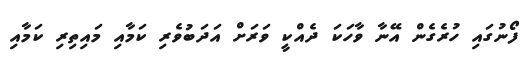
ފޯނުގައި ހުރެގެން އޭނާ ވާހަކަ ދެއްކީ ވަރަށް އަދަބުވެރި ކަމާއި މައިތިރި ކަމާއި